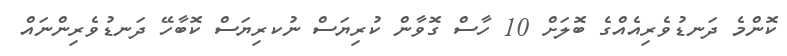
ކޮންމެ ދަނޑުވެރިއެއްގެ ބޮލަށް 10 ހާސް ގޮވާން ކުރިޔަސް ނުކރިޔަސް ކޮބާހޭ ދަނޑުވެރިންނައް